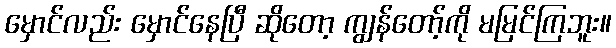
မှောင်လည်း မှောင်နေပြီ ဆိုတော့ ကျွန်တော့်ကို မမြင်ကြဘူး။